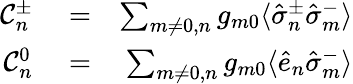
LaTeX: \begin{array}{rlr}{{\cal C}_{n}^{\pm}}&{{}=}&{\sum_{m\neq 0,n}g_{m0}\langle\hat{\sigma}_{n}^{\pm}\hat{\sigma}_{m}^{-}\rangle}\\ {{\cal C}_{n}^{0}}&{{}=}&{\sum_{m\neq 0,n}g_{m0}\langle\hat{e}_{n}\hat{\sigma}_{m}^{-}\rangle}\end{array}